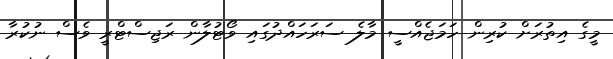
މީގެ އިތުރަށް ކުރިން ހަމަޖެއްސީ މާލެ ސަރަހައްދުގައި ވޯޓުލާން ރަޖިސްޓްރީ ވެސް ނުކުރާ